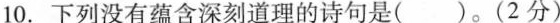
10.下列没有蕴含深刻道理的诗句是()。